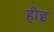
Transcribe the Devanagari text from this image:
हीइ